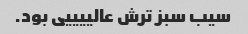
سیب سبز ترش عالییییی بود.